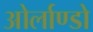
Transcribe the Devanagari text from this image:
ओर्लाण्डो